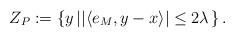
LaTeX: \begin{align*}Z_P:=\left\{y\left| \left|\left<e_M,y-x\right>\right|\le 2\lambda \right.\right\} .\end{align*}